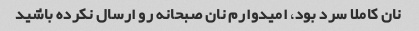
نان کاملا سرد بود، امیدوارم نان صبحانه رو ارسال نکرده باشید